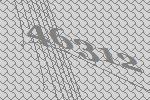
46312